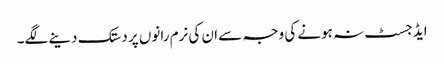
ایڈجسٹ نہ ہونے کی وجہ سے ان کی نرم رانوں پر دستک دینے لگے۔